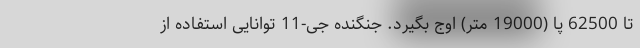
تا 62500 پا (19000 متر) اوج بگیرد. جنگنده جی-11 توانایی استفاده از